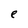
Character: e